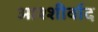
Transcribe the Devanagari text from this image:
आश्शीर्वाद